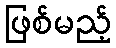
ဖြစ်မည့်